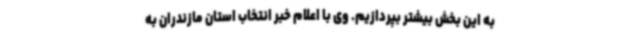
به این بخش بیشتر بپردازیم. وی با اعلام خبر انتخاب استان مازندران به